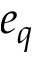
e _ { q }